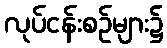
လုပ်ငန်းစဉ်များ၌